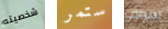
شخصيته ستمر سوف